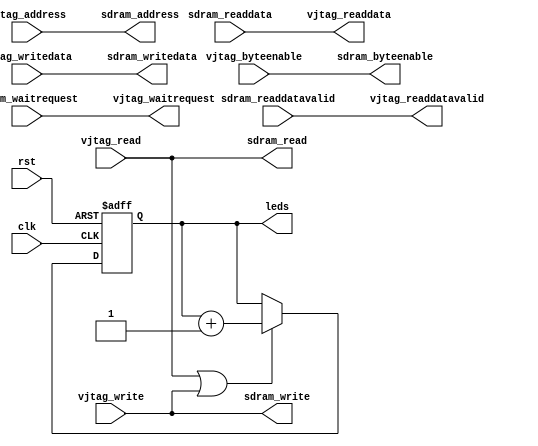
module loopback (
    vjtag_byteenable,
    vjtag_writedata,
    vjtag_address,
    sdram_readdatavalid,
    sdram_waitrequest,
    sdram_readdata,
    vjtag_write,
    vjtag_read,
    rst,
    clk,
    leds,
    vjtag_readdata,
    vjtag_waitrequest,
    vjtag_readdatavalid,
    sdram_address,
    sdram_read,
    sdram_write,
    sdram_writedata,
    sdram_byteenable
);
    input [3:0] vjtag_byteenable;
    input [31:0] vjtag_writedata;
    input [31:0] vjtag_address;
    input sdram_readdatavalid;
    input sdram_waitrequest;
    input [31:0] sdram_readdata;
    input vjtag_write;
    input vjtag_read;
    input rst;
    input clk;
    output [7:0] leds;
    output [31:0] vjtag_readdata;
    output vjtag_waitrequest;
    output vjtag_readdatavalid;
    output [31:0] sdram_address;
    output sdram_read;
    output sdram_write;
    output [31:0] sdram_writedata;
    output [3:0] sdram_byteenable;
    wire _48;
    wire [7:0] _50 = 8'b00000000;
    wire vdd = 1'b1;
    wire [7:0] _51 = 8'b00000000;
    wire _47;
    wire [7:0] _53 = 8'b00000001;
    wire [7:0] _54;
    wire [7:0] _49;
    reg [7:0] _52;
    assign _48 = vjtag_read | vjtag_write;
    assign _47 = ~ rst;
    assign _54 = _52 + _53;
    assign _49 = _54;
    always @(posedge clk or posedge _47) begin
        if (_47)
            _52 <= _51;
        else
            if (_48)
                _52 <= _49;
    end
    assign leds = _52;
    assign vjtag_readdata = sdram_readdata;
    assign vjtag_waitrequest = sdram_waitrequest;
    assign vjtag_readdatavalid = sdram_readdatavalid;
    assign sdram_address = vjtag_address;
    assign sdram_read = vjtag_read;
    assign sdram_write = vjtag_write;
    assign sdram_writedata = vjtag_writedata;
    assign sdram_byteenable = vjtag_byteenable;
endmodule